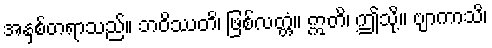
အနှစ်တရာသည်။ ဘဝိဿတိ၊ ဖြစ်လတ္တံ့။ ဣတိ၊ ဤသို့။ ဗျာကာသိ၊